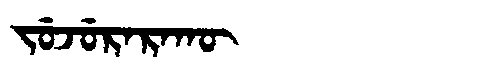
Manchu: ᠵᡠᠵᡠᡵᠠᡵᠠᡴᡡ
Romanization: JUJURARAKŪ